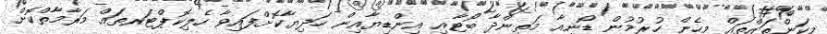
މިކަންތައްތައް މިހެން ހުރުމުން ޑޯނިއާ މަތިންދާ ބޯޓާއި އިންޑިޔާއިން ހަދިޔާކޮށްފައިވާ ހެލިކޮޕްޓަރތައް މަރާމާތްކޮށް